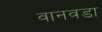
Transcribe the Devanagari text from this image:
वानवडा